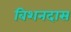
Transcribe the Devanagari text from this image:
बिशनदास